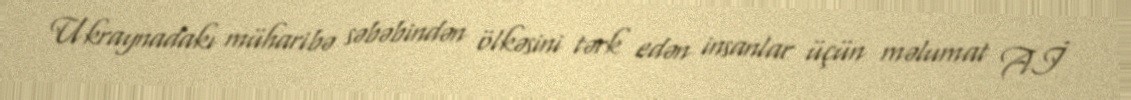
Ukraynadakı müharibə səbəbindən ölkəsini tərk edən insanlar üçün məlumat Aİ